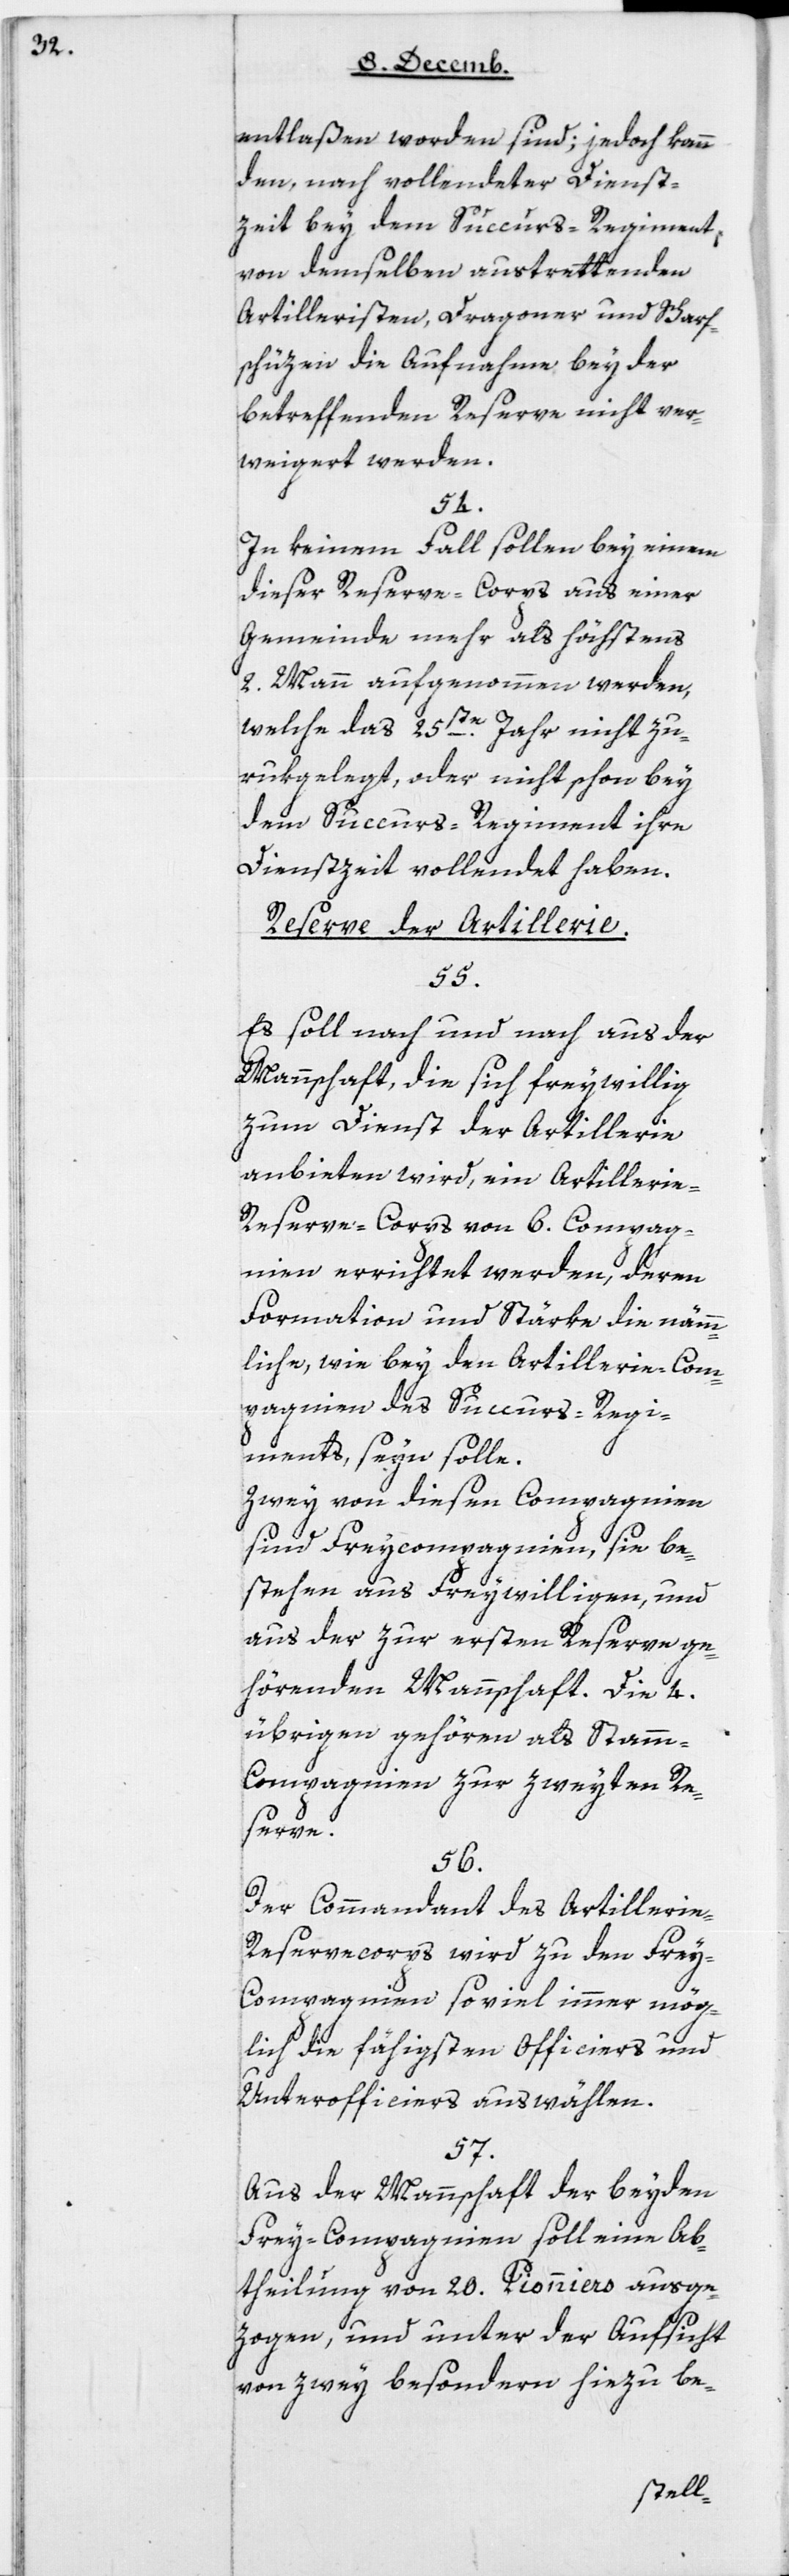
entlaßen worden sind; jedoch kann
dem, nach vollendeter Dienst¬
zeit bey dem Succurs-Regiment,
von demselben austrettenden
Artilleristen, Dragoner und Scharf¬
schüzen die Aufnahme bey der
betreffenden Reserve nicht ver¬
weigert werden.
54.
In keinem Fall sollen bey einem
dieser Reserve-Corps aus einer
Gemeinde mehr als höchstens
2 Mann aufgenommen werden,
welche das 25ste Jahr nicht zu¬
rükgelegt, oder nicht schon bey
dem Succurs-Regiment ihre
Dienstzeit vollendet haben.
Reserve der Artillerie.
55.
Es soll nach und nach aus der
Mannschaft, die sich freywillig
zum Dienst der Artillerie
anbieten wird, ein Artillerie-R¬
eserve-Corps von 6 Compag¬
nien errichtet werden, deren
Formation und Stärke die nämm¬
liche, wie bey den Artillerie-Com¬
pagnien des Succurs-Regi¬
ments seyn solle.
Zwey von diesen Compagnien
sind Freycompagnien, sie be¬
stehen aus Freywilligen, und
aus der zur ersten Reserve ge¬
hörenden Mannschaft. Die vier
übrigen gehören als Stam¬
m-Compagnien zur zweyten Re¬
serve.
56.
Der Commandant des Artillerie-R¬
eservecorps wird zu den Frey¬
compagnien soviel immer mög¬
lich die fähigsten Officiers und
Unterofficiers auswählen.
57.
Aus der Mannschaft der beyden
Freycompagnien soll eine Ab¬
theilung von 20 Pionniers ausge¬
zogen, und unter der Aufsicht
von zwey besonderen hiezu be-